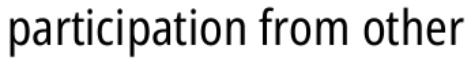
participation from other